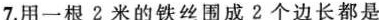
7.用一根2米的铁丝围成2个边长都是